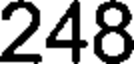
248